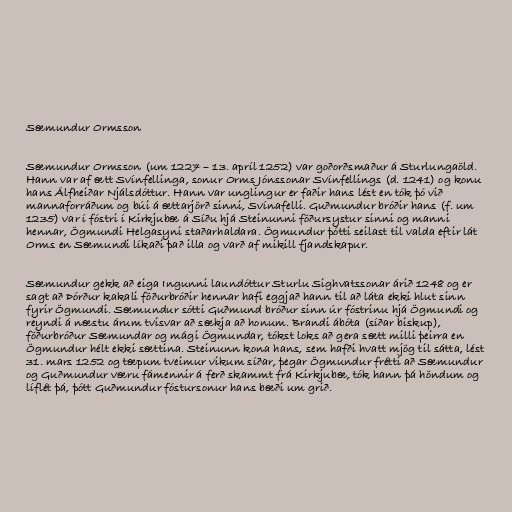
Sæmundur Ormsson

Sæmundur Ormsson (um 1227 – 13. apríl 1252) var goðorðsmaður á Sturlungaöld.
Hann var af ætt Svínfellinga, sonur Orms Jónssonar Svínfellings (d. 1241) og konu
hans Álfheiðar Njálsdóttur. Hann var unglingur er faðir hans lést en tók þó við
mannaforráðum og búi á ættarjörð sinni, Svínafelli. Guðmundur bróðir hans (f. um
1235) var í fóstri í Kirkjubæ á Síðu hjá Steinunni föðursystur sinni og manni
hennar, Ögmundi Helgasyni staðarhaldara. Ögmundur þótti seilast til valda eftir lát
Orms en Sæmundi líkaði það illa og varð af mikill fjandskapur.

Sæmundur gekk að eiga Ingunni laundóttur Sturlu Sighvatssonar árið 1248 og er
sagt að Þórður kakali föðurbróðir hennar hafi eggjað hann til að láta ekki hlut sinn
fyrir Ögmundi. Sæmundur sótti Guðmund bróður sinn úr fóstrinu hjá Ögmundi og
reyndi á næstu árum tvisvar að sækja að honum. Brandi ábóta (síðar biskup),
föðurbróður Sæmundar og mági Ögmundar, tókst loks að gera sætt milli þeirra en
Ögmundur hélt ekki sættina. Steinunn kona hans, sem hafði hvatt mjög til sátta, lést
31. mars 1252 og tæpum tveimur vikum síðar, þegar Ögmundur frétti að Sæmundur
og Guðmundur væru fámennir á ferð skammt frá Kirkjubæ, tók hann þá höndum og
líflét þá, þótt Guðmundur fóstursonur hans bæði um grið.